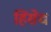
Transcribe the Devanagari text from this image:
हिंसेच